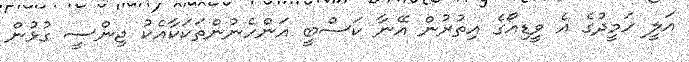
އަލީ ހަމީދުގެ އެ ވީޑިއޯގެ އިތުރުން އޭނާ ކަސްބީ އަންހެނުންތަކަކާއެކު ޖިންސީ ގުޅުން